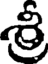
శ్రీ